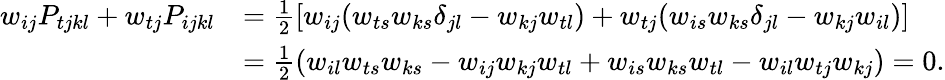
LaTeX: \begin{array}{rl}{w_{ij}P_{tjkl}+w_{tj}P_{ijkl}}&{=\frac{1}{2}[w_{ij}(w_{ts}w_{ks}\delta_{jl}-w_{kj}w_{tl})+w_{tj}(w_{is}w_{ks}\delta_{jl}-w_{kj}w_{il})]}\\ &{=\frac{1}{2}(w_{il}w_{ts}w_{ks}-w_{ij}w_{kj}w_{tl}+w_{is}w_{ks}w_{tl}-w_{il}w_{tj}w_{kj})=0.}\end{array}